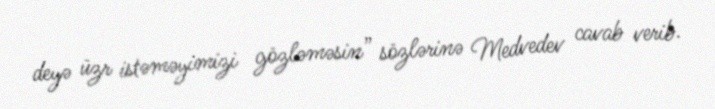
deyə üzr istəməyimizi gözləməsin” sözlərinə Medvedev cavab verib.